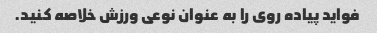
فواید پیاده روی را به عنوان نوعی ورزش خلاصه کنید.